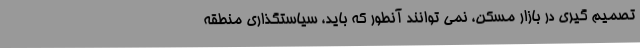
تصمیم گیری در بازار مسکن، نمی توانند آنطور که باید، سیاستگذاری منطقه